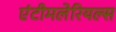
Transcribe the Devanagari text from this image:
एंटीमलेरियल्स